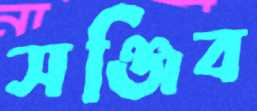
সঞ্জিব